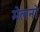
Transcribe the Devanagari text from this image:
मेलनो